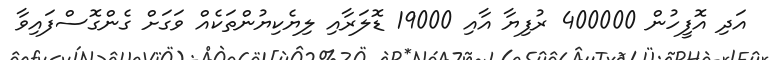
އަދި އޮފީހުން 400000 ރުފިޔާ އާއި 19000 ޑޮލަރާއި ލިޔެކިޔުންތަކެއް ވަގަށް ގެންގޮސްފައިވާ